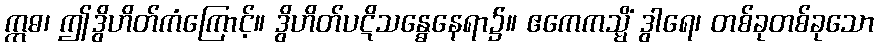
ဣဓ၊ ဤဒွိဟိတ်ကံကြောင့်။ ဒွိဟိတ်ပဋိသန္ဓေနေရာ၌။ ဧကေကသ္မိံ ဒွါရေ၊ တစ်ခုတစ်ခုသော